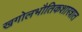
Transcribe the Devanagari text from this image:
खगोलभौतिकशास्त्रात